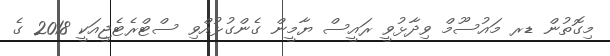
މިގޮތުން ޑރ މައުސޫމް ވިދާޅުވީ ރައީސް ޔާމީން ގެންގުޅުއްވި ސްޓްރެޓެޖީއަކީ 2018 ގެ